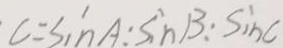
C = \sin A : \sin B : \sin C